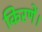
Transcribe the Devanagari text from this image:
किरणें।